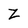
Character: z